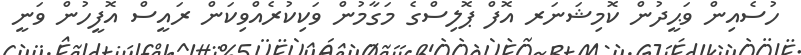
ހުސެއިން ވަޙީދުން ކޮމިޝަނަރ އޮފް ޕޮލިސްގެ މަގާމުން ވަކިކުރެއްވިކަން ރައީސް އޮފީހުން ވަނީ